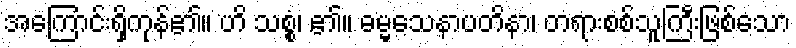
အကြောင်းရှိကုန်၏။ ဟိ သစ္စံ၊ ၏။ ဓမ္မသေနာပတိနာ၊ တရားစစ်သူကြီးဖြစ်သော